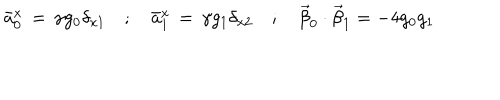
LaTeX: \bar { a } _ { 0 } ^ { x } \, = \, \gamma g _ { 0 } \delta _ { x 1 } \quad ; \quad \bar { a } _ { 1 } ^ { x } \, = \, \gamma g _ { 1 } \delta _ { x 2 } \quad ; \quad \vec { \beta } _ { 0 } \cdot \vec { \beta } _ { 1 } = - 4 g _ { 0 } g _ { 1 }